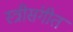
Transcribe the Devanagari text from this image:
स्त्रीसंगीत